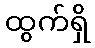
ထွက်ရှိ